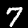
Digit: 7